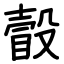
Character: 瞉